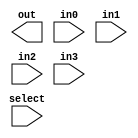
module mux (out, select, in0, in1, in2, in3);
output out;
input [1:0] select;
input in0, in1, in2, in3;
//Specific function level code
endmodule